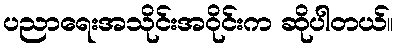
ပညာရေးအသိုင်းအဝိုင်းက ဆိုပါတယ်။